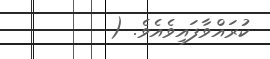
ކުރައްވާފައިވެއެވެ. (